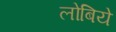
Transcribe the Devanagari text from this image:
लोबिये